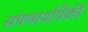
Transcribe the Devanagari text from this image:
संपणार्यांपैकी